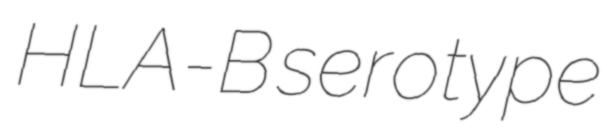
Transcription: HLA-B serotype